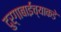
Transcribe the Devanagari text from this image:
दुर्गाबाईंच्याकडे